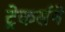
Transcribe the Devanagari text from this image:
ट्रेकर्सने